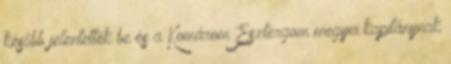
később jelentették be és a Komárom Esztergom megyei kapitánynak